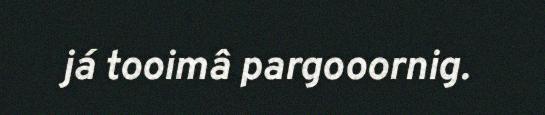
já tooimâ pargooornig.